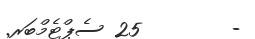
-        25 ސެޕްޓެމްބަރ